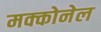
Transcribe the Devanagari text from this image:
मक्कोनेल